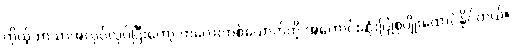
ကိုယ့်ဘာသာအလုပ်လုပ်ပြီးတော့ ကလေးတစ်ယောက်ကို အကောင်းဆုံးပြုစုပျိုးထောင်နိုင်တယ်။